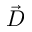
\vec { D }